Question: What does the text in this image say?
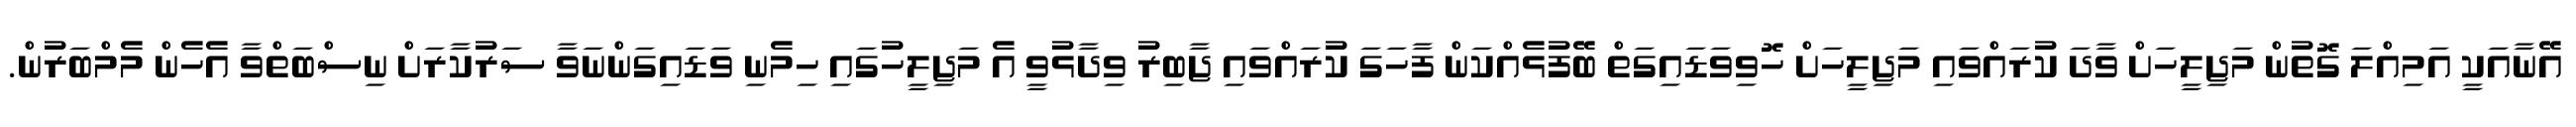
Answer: އޭނާއަކީ އަމިއްލަ ގޮތުން މަޖިލީހަށް ވާދަ ކުރައްވައި މަޖިލީހަށް ހޮވިވަޑައިގަތް ބޭފުޅެއްކަން ފާހަގަ ކުރައްވައި ޖާބިރު ވިދާޅުވީ އެ މަޖިލީހުގައި ހިމެނި ވަޑައިގަންނަވާ ސަރުކާރަށް ނިސްބަތްވާ އެހެން މެމްބަރުން.